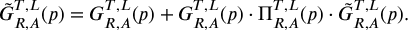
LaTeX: \tilde { G } _ { R , A } ^ { T , L } ( p ) = G _ { R , A } ^ { T , L } ( p ) + G _ { R , A } ^ { T , L } ( p ) \cdot \Pi _ { R , A } ^ { T , L } ( p ) \cdot \tilde { G } _ { R , A } ^ { T , L } ( p ) .